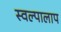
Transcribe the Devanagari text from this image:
स्वल्पालाप